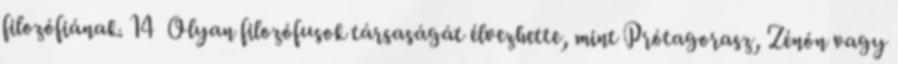
filozófiának. 14 Olyan filozófusok társaságát élvezhette, mint Prótagorasz, Zénón vagy